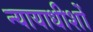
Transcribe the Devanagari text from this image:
न्यायाधीशोँ